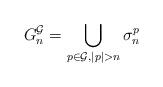
LaTeX: \begin{align*}G^{\mathcal{G}}_n = \bigcup_{p \in \mathcal{G}, |p| > n} \sigma^p_n\end{align*}